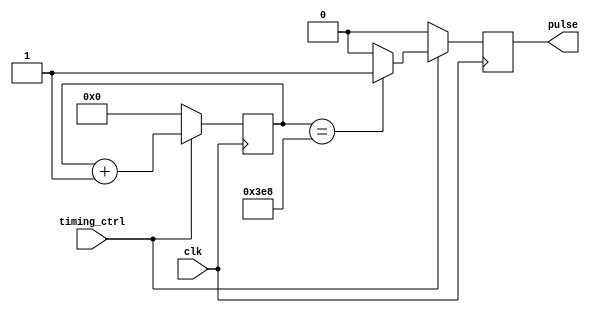
module synchronous_pulse_generator (
  input clk,             // clock signal
  input timing_ctrl,     // timing control signal
  output reg pulse       // synchronized pulse output
);

reg [15:0] counter;      // 16-bit counter for pulse width control

always @(posedge clk) begin
  if (timing_ctrl) begin
    counter <= counter + 1;
    if (counter == 16'd1000) begin  // adjust pulse width here (1000 cycles)
      pulse <= 1;
    end else begin
      pulse <= 0;
    end
  end else begin
    counter <= 0;
    pulse <= 0;
  end
end

endmodule